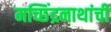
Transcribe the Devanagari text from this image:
मच्छिंद्रनाथांची